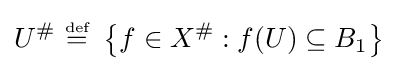
U^{\#}~{\stackrel {\scriptscriptstyle {\text{def}}}{=}}~\left\{f\in X^{\#}:f(U)\subseteq B_{1}\right\}